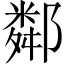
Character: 鄰